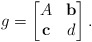
\begin{align*} g =\begin{bmatrix}A & \mathbf{b}\\\mathbf{c} & d\end{bmatrix}.\end{align*}